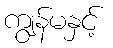
ကျွန်မနှင့်